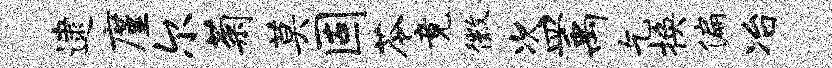
逮廑尔菊莫固苓竟徽次皿禹乞换偏冶